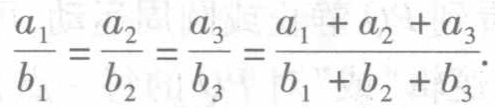
$\frac{a_{1}}{b_{1}}=\frac{a_{2}}{b_{2}}=\frac{a_{3}}{b_{3}}=\frac{a_{1}+a_{2}+a_{3}}{b_{1}+b_{2}+b_{3}}.$